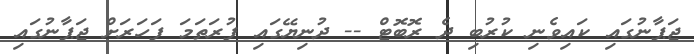
ޖަޕާނުގައި ކައިވެނި ކުރުބި ދެ ރޮބޮޓް -- ދުނިޔޭގައި ފުރަތަމަ ފަހަރަށް ޖަޕާނުގައި